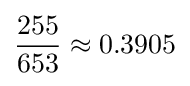
{\frac {255}{653}}\approx 0.3905